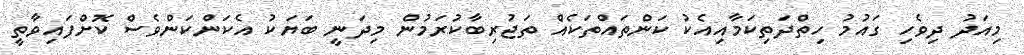
މިއަދު ދިވެހި ގައުމު ހިތްދަތިކަމާއިއެކު ކަންތައްތަކެއް ތަޖުރިބާކުރަމުން މިދަނީ ބަޔަކު އެކަންކަންވެސް ކޮށްފައިވާތީ